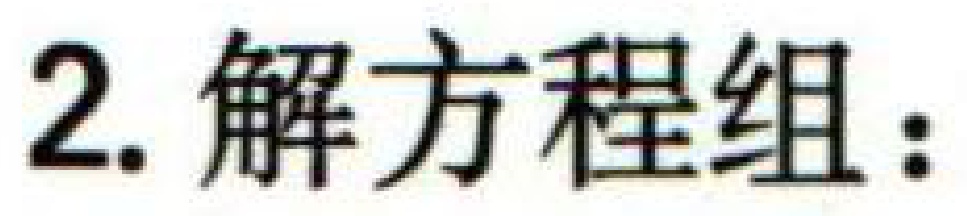
2. 解方程组：